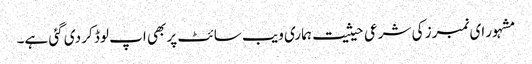
مشہور ای نمبرز کی شرعی حیثیت ہماری ویب سائٹ پر بھی اپ لوڈ کر دی گئی ہے۔